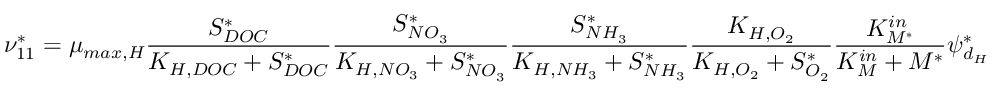
\nu _ { 1 1 } ^ { * } = \mu _ { m a x , H } \frac { S _ { D O C } ^ { * } } { K _ { H , D O C } + S _ { D O C } ^ { * } } \frac { S _ { N O _ { 3 } } ^ { * } } { K _ { H , N O _ { 3 } } + S _ { N O _ { 3 } } ^ { * } } \frac { S _ { N H _ { 3 } } ^ { * } } { K _ { H , N H _ { 3 } } + S _ { N H _ { 3 } } ^ { * } } \frac { K _ { H , O _ { 2 } } } { K _ { H , O _ { 2 } } + S _ { O _ { 2 } } ^ { * } } \frac { K _ { M ^ { * } } ^ { i n } } { K _ { M } ^ { i n } + M ^ { * } } \psi _ { d _ { H } } ^ { * }